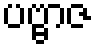
ပဗ္ဗာဇ